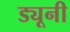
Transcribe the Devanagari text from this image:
ड्यूनी